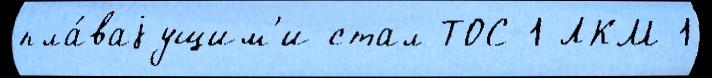
пла́ваjущим'и стал ТОС-1 ЛКМ-1